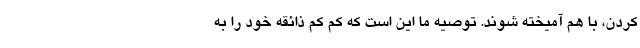
کردن، با هم آمیخته شوند. توصیه ما این است که کم کم ذائقه خود را به